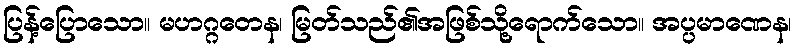
ပြန့်ပြောသော။ မဟဂ္ဂတေန၊ မြတ်သည်၏အဖြစ်သို့ရောက်သော။ အပ္ပမာဏေန၊